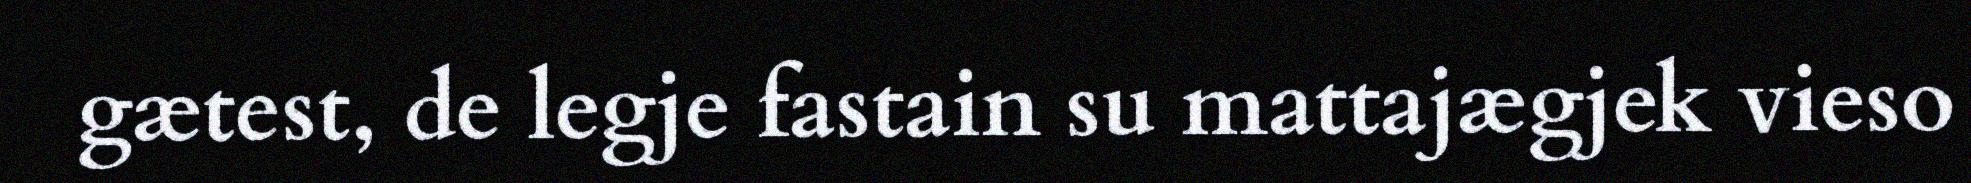
gætest, de legje fastain su mattajægjek vieso